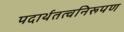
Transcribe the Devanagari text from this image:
पदार्थतत्वनिरूपण